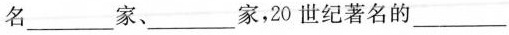
名___家、___家，20世纪著名的___